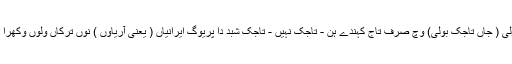
حالانکہ اس تاج نوں فارسی بولی ( جاں تاجک بولی) وچّ صرف تاج کہندے ہن - تاجک نہیں - تاجک شبد دا پریوگ ایرانیاں ( یعنی آریاوں ) نوں ترکاں ولوں وکھرا کرن لئی پریوگ ہندا آ رہا اے ۔